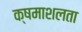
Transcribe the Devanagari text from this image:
क्षमाशलता